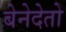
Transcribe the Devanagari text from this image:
बेनेदेतो